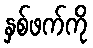
နှစ်ဖက်ကို